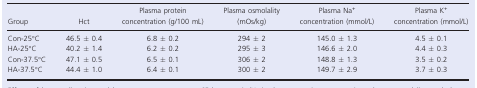
<table><thead><tr><td><b>Group</b></td><td><b>Hct</b></td><td><b>Plasma protein concentration (g/100 mL)</b></td><td><b>Plasma osmolality (mOs/kg)</b></td><td><b>Plasma Na<sup>+</sup> concentration (mmol/L)</b></td><td><b>Plasma K<sup>+</sup> concentration (mmol/L)</b></td></tr></thead><tbody><tr><td>Con‐25°C</td><td>46.5 ± 0.4</td><td>6.8 ± 0.2</td><td>294 ± 2</td><td>145.0 ± 1.3</td><td>4.5 ± 0.1</td></tr><tr><td>HA‐25°C</td><td>40.2 ± 1.4</td><td>6.2 ± 0.2</td><td>295 ± 3</td><td>146.6 ± 2.0</td><td>4.4 ± 0.3</td></tr><tr><td>Con‐37.5°C</td><td>47.1 ± 0.5</td><td>6.5 ± 0.1</td><td>306 ± 2</td><td>148.8 ± 1.3</td><td>3.5 ± 0.2</td></tr><tr><td>HA‐37.5°C</td><td>44.4 ± 1.0</td><td>6.4 ± 0.1</td><td>300 ± 2</td><td>149.7 ± 2.9</td><td>3.7 ± 0.3</td></tr></tbody></table>